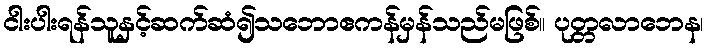
ငါးပါးရန်သူနှင့်ဆက်ဆံ၍သဘောဧကန်မှန်သည်မဖြစ်။ ပုတ္တလာဘေန၊